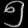
Digit: ၅